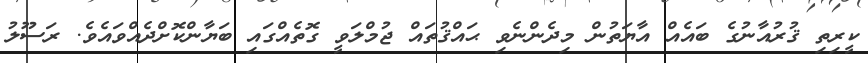
ކީރިތި ޤުރުއާނުގެ ބައެއް އާޔަތުން މިދެންނެވި ޙައްޤުތައް ޖުމްލަވީ ގޮތެއްގައި ބަޔާންކޮށްދެއްވައެވެ. ރަސޫލު